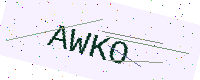
Text: AWKO